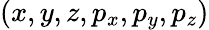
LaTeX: (x,y,z,p_{x},p_{y},p_{z})